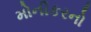
મોનીકરનો